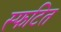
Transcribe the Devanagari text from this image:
स्फटित